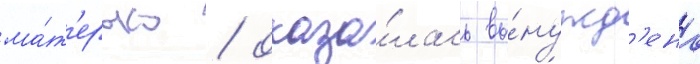
ма́т'ерью / оказа́лась вы́нужд'ена